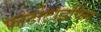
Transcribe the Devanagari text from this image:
फोटोटाइपिंग